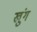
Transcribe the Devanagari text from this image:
खुंग